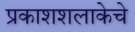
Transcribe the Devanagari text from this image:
प्रकाशशलाकेचे